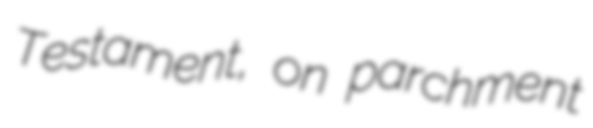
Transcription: Testament, on parchment